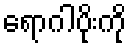
ရောဂါပိုးကို